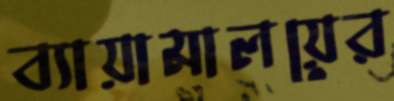
ব্যায়ামালয়ের